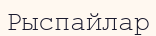
Рыспайлар